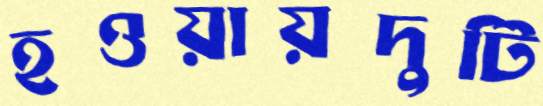
হওয়ায়দুটি